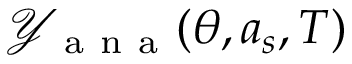
\mathcal { Y } _ { \mathrm { ~ a ~ n ~ a ~ } } ( \theta , a _ { s } , T )